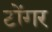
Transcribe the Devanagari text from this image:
टोंगर